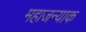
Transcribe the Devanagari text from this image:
महाजन्याक